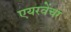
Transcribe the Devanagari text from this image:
एयरवेंचर